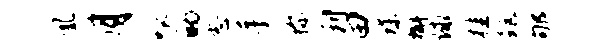
凰月呱的志手称利田蝶槲球桂距郇